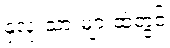
နှလုံးသားများထဲတွင်